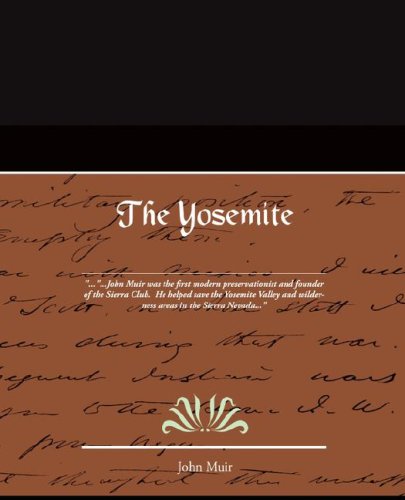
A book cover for The Yosemite; John Muir; Science & Math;